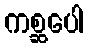
ကစ္ဆပေါ